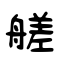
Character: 艖